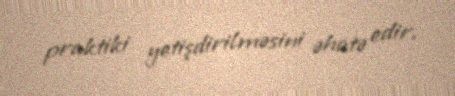
praktiki yetişdirilməsini əhatə edir.